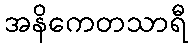
အနိကေတသာရီ